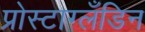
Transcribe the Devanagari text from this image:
प्रोस्टाग्लँडिन